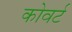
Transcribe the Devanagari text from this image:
कोवर्ट